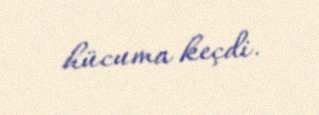
hücuma keçdi.